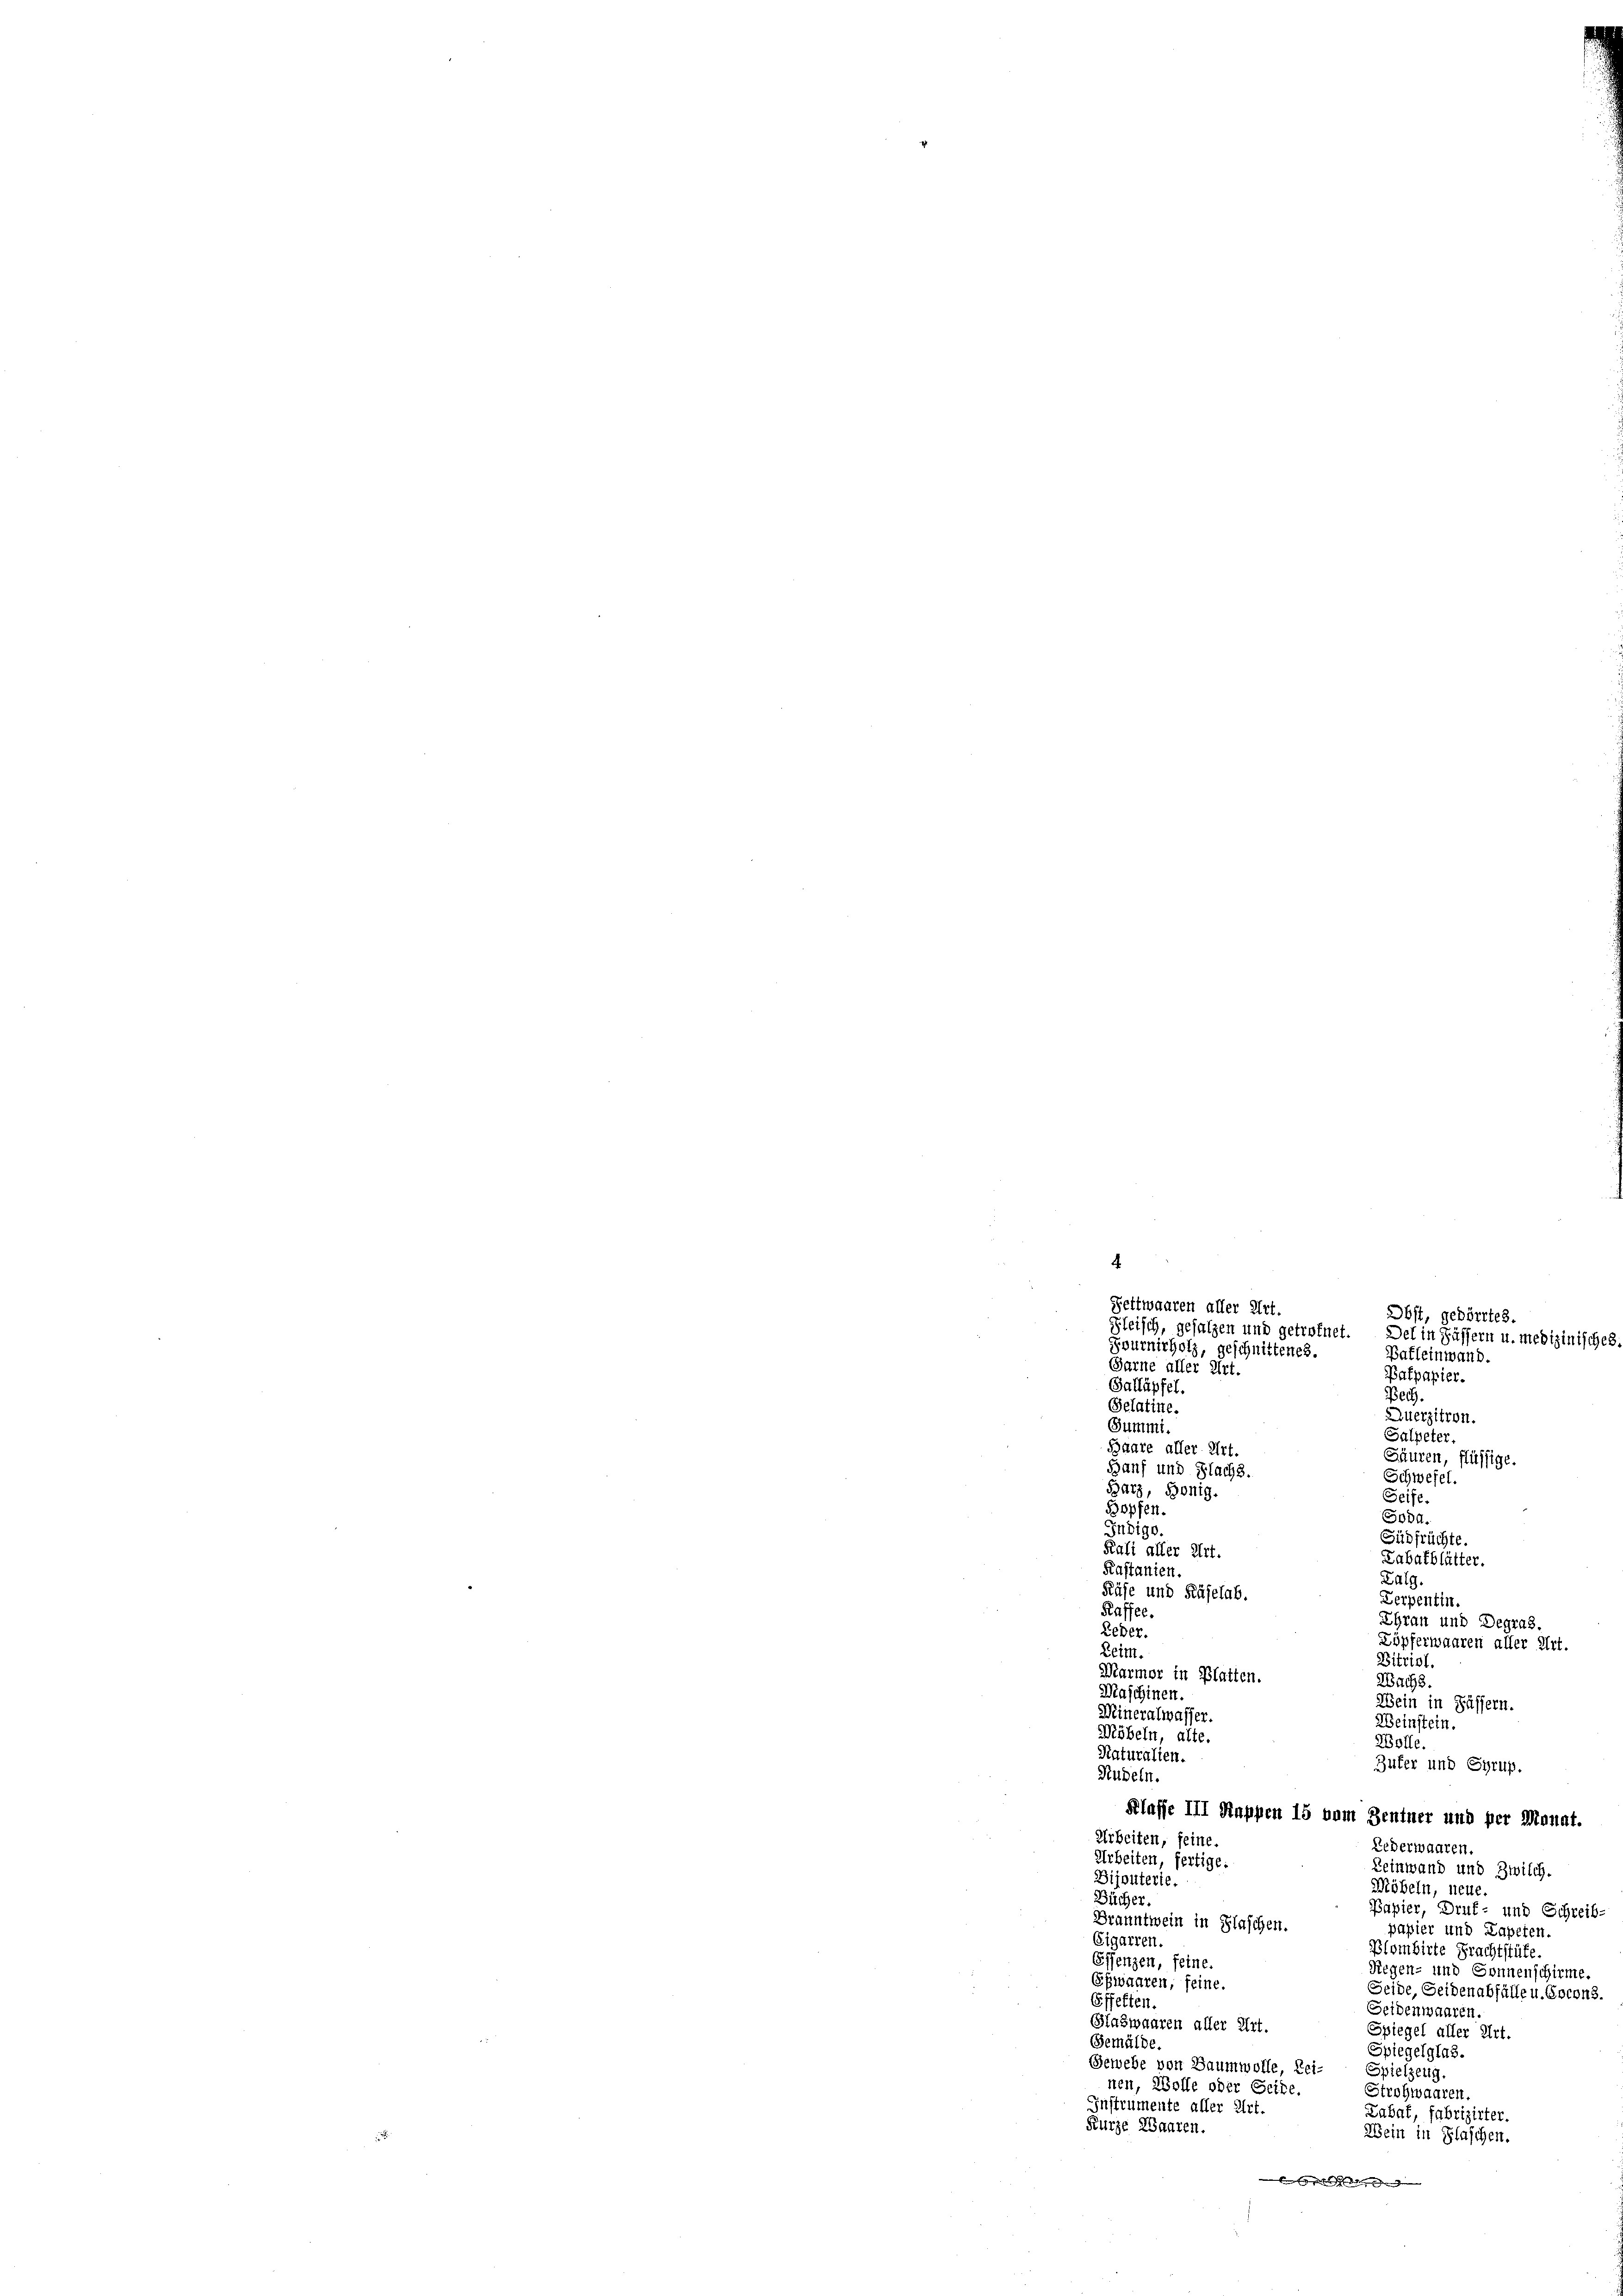
Fettwaaren aller Art.
Fleisch, gesalzen und getroffet.
Fournirholz, geschnittenes.
Barne aller Art.
Galläpfel.
Selatine.
Summi
Baare aller Art.
Banf und Flachs.
Barz, Bönig.
Bopfen.
Jndige.
Kali aller Art.
Kastanien.
Käse und Rüselab.
Kaffee.
Leder.
Leim.

Obst, gedörrtes.
Der in Pässern u. medizinisches

Batleinwand.
Patpapier.
19.
Zuerzitron.
Salpeter,
Säuren, flüssige.
Schwefel.
Seife.

Godd.
Lalg.
Serpentin.

Ditriol
Marmor in Platten.
2a13.
Maschinen
Wein in Pässern.
Mineralwasser.
Weinstein.
Möbeln, alte.
Wolle.
Naturalien.
Zufer und Syrup.
Rudeln.
Klasse III Kuppen 15 vom Zentner und per Monat.
Arbeiten, seine.
Lederwaaren.
Arbeiten, fertige.
Leinwand und Zwilch.
Bijouterie.
Möbeln, neue
Bücher.
Papier, Druf- und Schreib
Branntwein in Flaschen.
papier und Kapeten.
Eigarren
Plombirte Frachtstüke
Essenzen, feine.
Riegen- und Sonnenschirme.
Epionaren, feine.
Seide, Seidenabfälle u. Ercons.
Effekten.
Seidenwaaren.
Glaswaaren aller Art.
Spiegel aller Art.
Gemälde
Spiegelglas.
Gewebe von Baumwolle, Rei-
Spielzeug.
nen, Wolle oder Seite.
Strohwaaren.
Instrumente aller Art.
Labat, fabrizirter.
Kürze Waaren
Wein in Flaschen.
e

Südfrüchte.
Labatblätter.
Erau und Degras.
Zöpferwaaren aller Art.